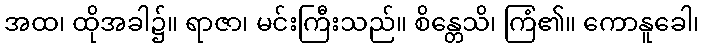
အထ၊ ထိုအခါ၌။ ရာဇာ၊ မင်းကြီးသည်။ စိန္တေသိ၊ ကြံ၏။ ကောနူခေါ၊